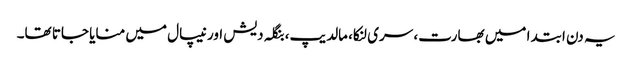
یہ دن ابتدا میں بھارت، سری لنکا، مالدیپ، بنگلہ دیش اور نیپال میں منایا جاتا تھا۔